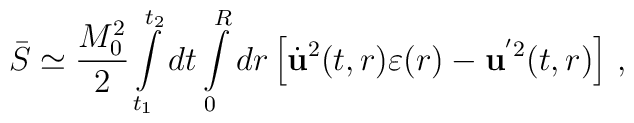
\bar S \simeq \frac{M_{0}^2}{2}\int\limits_{t_1}^{t_2}dt\int\limits_{0}^{R}dr\left [\dot{\bf u}^2(t,r)\varepsilon(r)-{\bf u}^{'2}(t,r)\right ]\,{,}